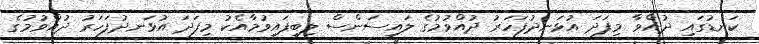
ކަނޑުގައި ދުއްވާ މިފަދަ އުޅަނދުފަހަރު ދުއްވުމުގެ ލައިސަންސް ލިބިފައިވުމާއެކު މިފަދަ އުޅަނދުފަހަރު ދުއްވުމުގެ